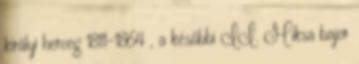
királyi herceg 1811–1864 , a későbbi II. Miksa bajor